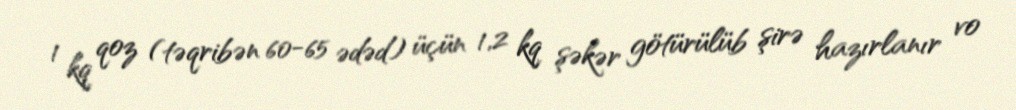
1 kq qoz (təqribən 60-65 ədəd) üçün 1,2 kq şəkər götürülüb şirə hazırlanır vo